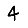
Digit: 4